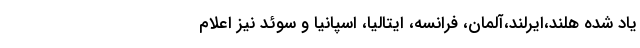
یاد شده هلند،‌ایرلند،‌آلمان، فرانسه، ایتالیا، اسپانیا و سوئد نیز اعلام